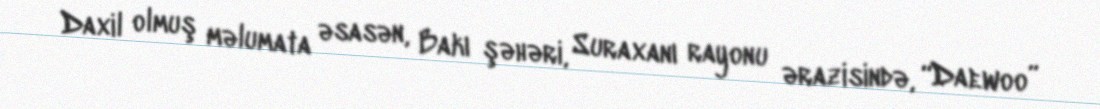
Daxil olmuş məlumata əsasən, Bakı şəhəri, Suraxanı rayonu ərazisində, “Daewoo”